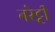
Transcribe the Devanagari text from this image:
नरेट्टी